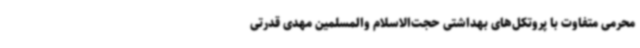
محرمی متفاوت با پروتکل‌های بهداشتی حجت‌الاسلام والمسلمین مهدی قدرتی